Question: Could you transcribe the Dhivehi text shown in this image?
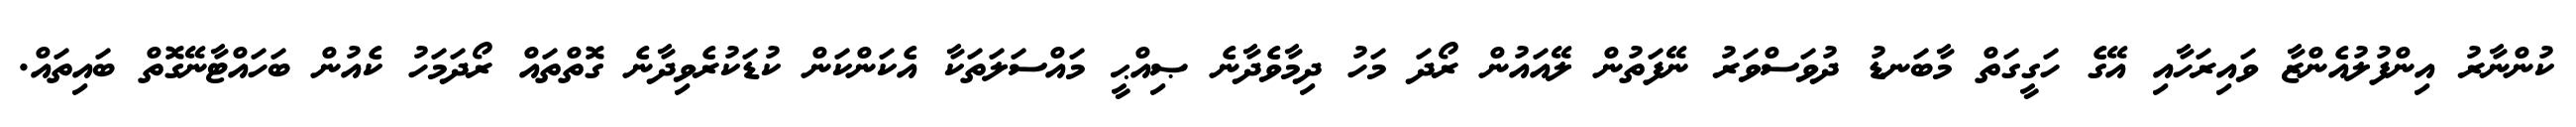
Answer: ކުންނާރު އިންފުލުއެންޒާ ވައިރަހާއި އޭގެ ހަގީގަތް މާބަނޑު ދުވަސްވަރު ނޭފަތުން ލޭއައުން ރޯދަ މަހު ދިމާވެދާނެ ޞިއްޙީ މައްސަލަތަކާ އެކަންކަން ކުޑަކުރެވިދާނެ ގޮތްތައް ރޯދަމަހު ކެއުން ބަހައްޓާނޭގޮތް ބައިތައް.